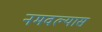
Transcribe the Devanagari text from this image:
नमवल्यास